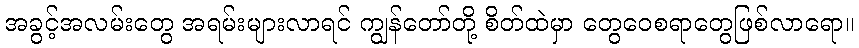
အခွင့်အလမ်းတွေ အရမ်းများလာရင် ကျွန်တော်တို့ စိတ်ထဲမှာ တွေဝေစရာတွေဖြစ်လာရော။